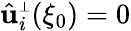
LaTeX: \hat{\mathbf u}_{i}^{\scriptscriptstyle\perp}(\xi_{0})=0